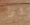
إذا